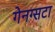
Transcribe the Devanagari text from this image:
गेनग्सटा